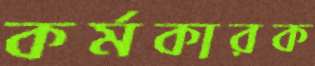
কর্মকারক